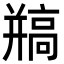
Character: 𩫐